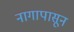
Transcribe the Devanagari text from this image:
नागापासून